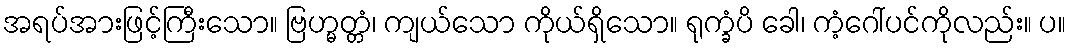
အရပ်အားဖြင့်ကြီးသော။ ဗြဟ္မတ္တံ၊ ကျယ်သော ကိုယ်ရှိသော။ ရုက္ခံပိ ခေါ၊ ကံ့ဂေါ်ပင်ကိုလည်း။ ပ။